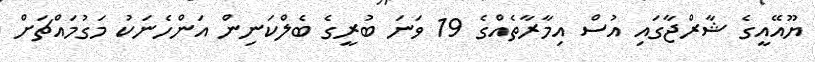
ޔޫއޭއީގެ ޝާރްޖާގައި އުސް އިމާރާތެއްގެ 19 ވަނަ ބުރީގެ ބެލްކަނިން އަންހެނަކު މަގުމައްޗަށް